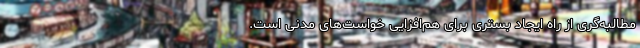
مطالبه‌گری از راه ایجاد بستری برای هم‌افزایی خواست‌های مدنی است.